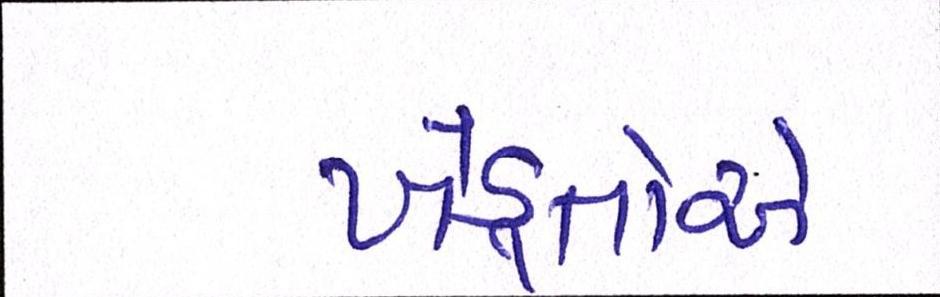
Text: ખેડ઼ૂતોએ